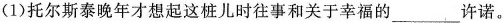
(1)托尔斯泰晚年才想起这桩儿时往事和关于幸福的___许诺。